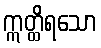
ဣတ္ထိရသော